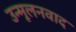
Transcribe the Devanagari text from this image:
उन्मूलनवाद